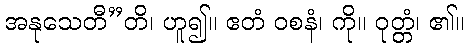
အနုသေတီ”တိ၊ ဟူ၍။ ဧတံ ဝစနံ၊ ကို။ ဝုတ္တံ၊ ၏။